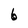
Character: 6